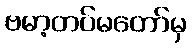
ဗမာ့တပ်မတော်မှ